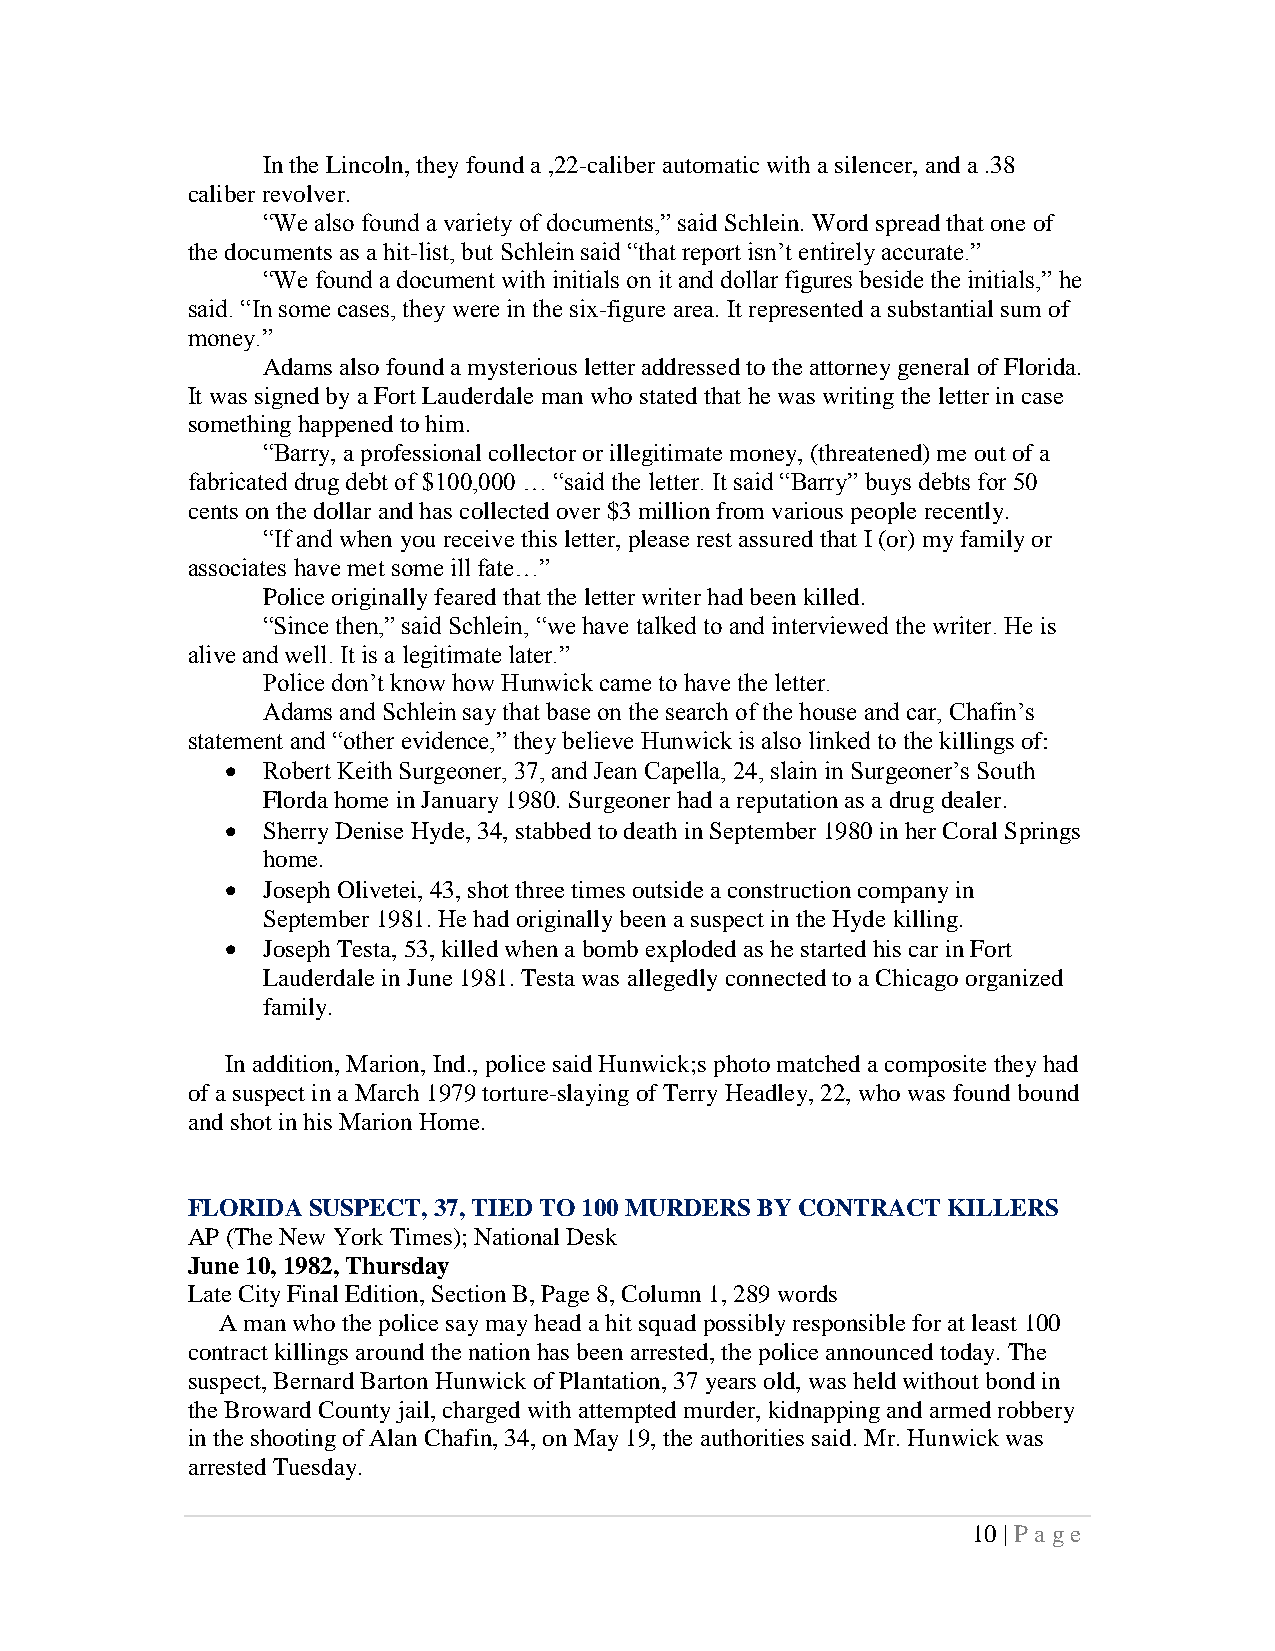
In the Lincoln, they found a ,22-caliber automatic with a silencer, and a .38
 caliber revolver.
 “We also found a variety of documents,” said Schlein. Word spread that one of
 the documents as a hit-list, but Schlein said “that report isn’t entirely accurate.”
 “We found a document with initials on it and dollar figures beside the initials,” he
 said. “In some cases, they were in the six-figure area. It represented a substantial sum of
 money.”
 Adams also found a mysterious letter addressed to the attorney general of Florida.
 It was signed by a Fort Lauderdale man who stated that he was writing the letter in case
 something happened to him.
 “Barry, a professional collector or illegitimate money, (threatened) me out of a
 fabricated drug debt of $100,000 … “said the letter. It said “Barry” buys debts for 50
 cents on the dollar and has collected over $3 million from various people recently.
 “If and when you receive this letter, please rest assured that I (or) my family or
 associates have met some ill fate…”
 Police originally feared that the letter writer had been killed.
 “Since then,” said Schlein, “we have talked to and interviewed the writer. He is
 alive and well. It is a legitimate later.”
 Police don’t know how Hunwick came to have the letter.
 Adams and Schlein say that base on the search of the house and car, Chafin’s
 statement and “other evidence,” they believe Hunwick is also linked to the killings of:
 • Robert Keith Surgeoner, 37, and Jean Capella, 24, slain in Surgeoner’s South
 Florda home in January 1980. Surgeoner had a reputation as a drug dealer.
 • Sherry Denise Hyde, 34, stabbed to death in September 1980 in her Coral Springs
 home.
 • Joseph Olivetei, 43, shot three times outside a construction company in
 September 1981. He had originally been a suspect in the Hyde killing.
 • Joseph Testa, 53, killed when a bomb exploded as he started his car in Fort
 Lauderdale in June 1981. Testa was allegedly connected to a Chicago organized
 family.
 In addition, Marion, Ind., police said Hunwick;s photo matched a composite they had
 of a suspect in a March 1979 torture-slaying of Terry Headley, 22, who was found bound
 and shot in his Marion Home.
 FLORIDA SUSPECT, 37, TIED TO 100 MURDERS BY CONTRACT KILLERS
 AP (The New York Times); National Desk
 June 10, 1982, Thursday
 Late City Final Edition, Section B, Page 8, Column 1, 289 words
 A man who the police say may head a hit squad possibly responsible for at least 100
 contract killings around the nation has been arrested, the police announced today. The
 suspect, Bernard Barton Hunwick of Plantation, 37 years old, was held without bond in
 the Broward County jail, charged with attempted murder, kidnapping and armed robbery
 in the shooting of Alan Chafin, 34, on May 19, the authorities said. Mr. Hunwick was
 arrested Tuesday.
 10 | P a ge